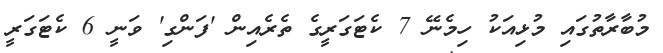
މުބާރާތުގައި މުޅިއަކު ހިމެނޭ 7 ކެޓަގަރީގެ ތެރެއިން 'ފަންގި' ވަނީ 6 ކެޓަގަރީ